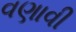
વણાવી